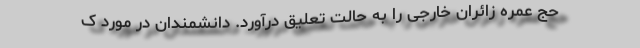
حج عمره زائران خارجی را به حالت تعلیق درآورد. دانشمندان در مورد ک